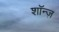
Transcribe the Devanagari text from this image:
शॉन्ज़